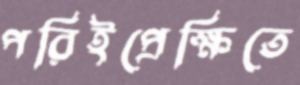
পরিইপ্রেক্ষিতে